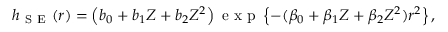
h _ { \mathrm { ~ S ~ E ~ } } ( r ) = \left( b _ { 0 } + b _ { 1 } Z + b _ { 2 } Z ^ { 2 } \right) \mathrm { ~ e ~ x ~ p ~ } \left\{ - ( \beta _ { 0 } + \beta _ { 1 } Z + \beta _ { 2 } Z ^ { 2 } ) r ^ { 2 } \right\} ,